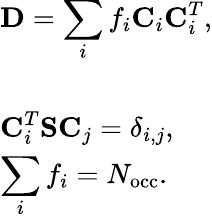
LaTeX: \begin{array}{l}{{\displaystyle{\mathbf D}=\sum_{i}f_{i}{\mathbf C}_{i}{\mathbf C}_{i}^{T}},}\\ {~~}\\ {{\displaystyle{\mathbf C}_{i}^{T}{\mathbf S}{\mathbf C}_{j}=\delta_{i,j}},\ ~}\\ {{\displaystyle\sum_{i}f_{i}=N_{\mathrm{occ}}}.}\end{array}